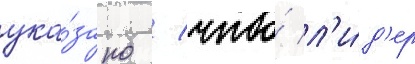
ука́зано / что́ л'и́д'ер